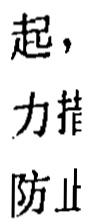
起，力措防止